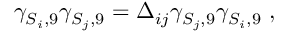
\gamma _ { S _ { i } , 9 } \gamma _ { S _ { j } , 9 } = \Delta _ { i j } \gamma _ { S _ { j } , 9 } \gamma _ { S _ { i } , 9 } ~ ,